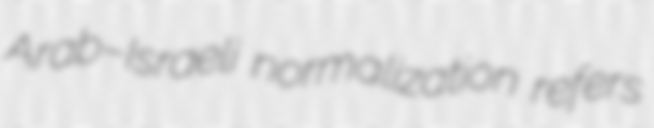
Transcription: Arab–Israeli normalization refers